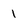
Character: 1